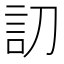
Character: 𰴩